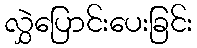
လွှဲပြောင်းပေးခြင်း